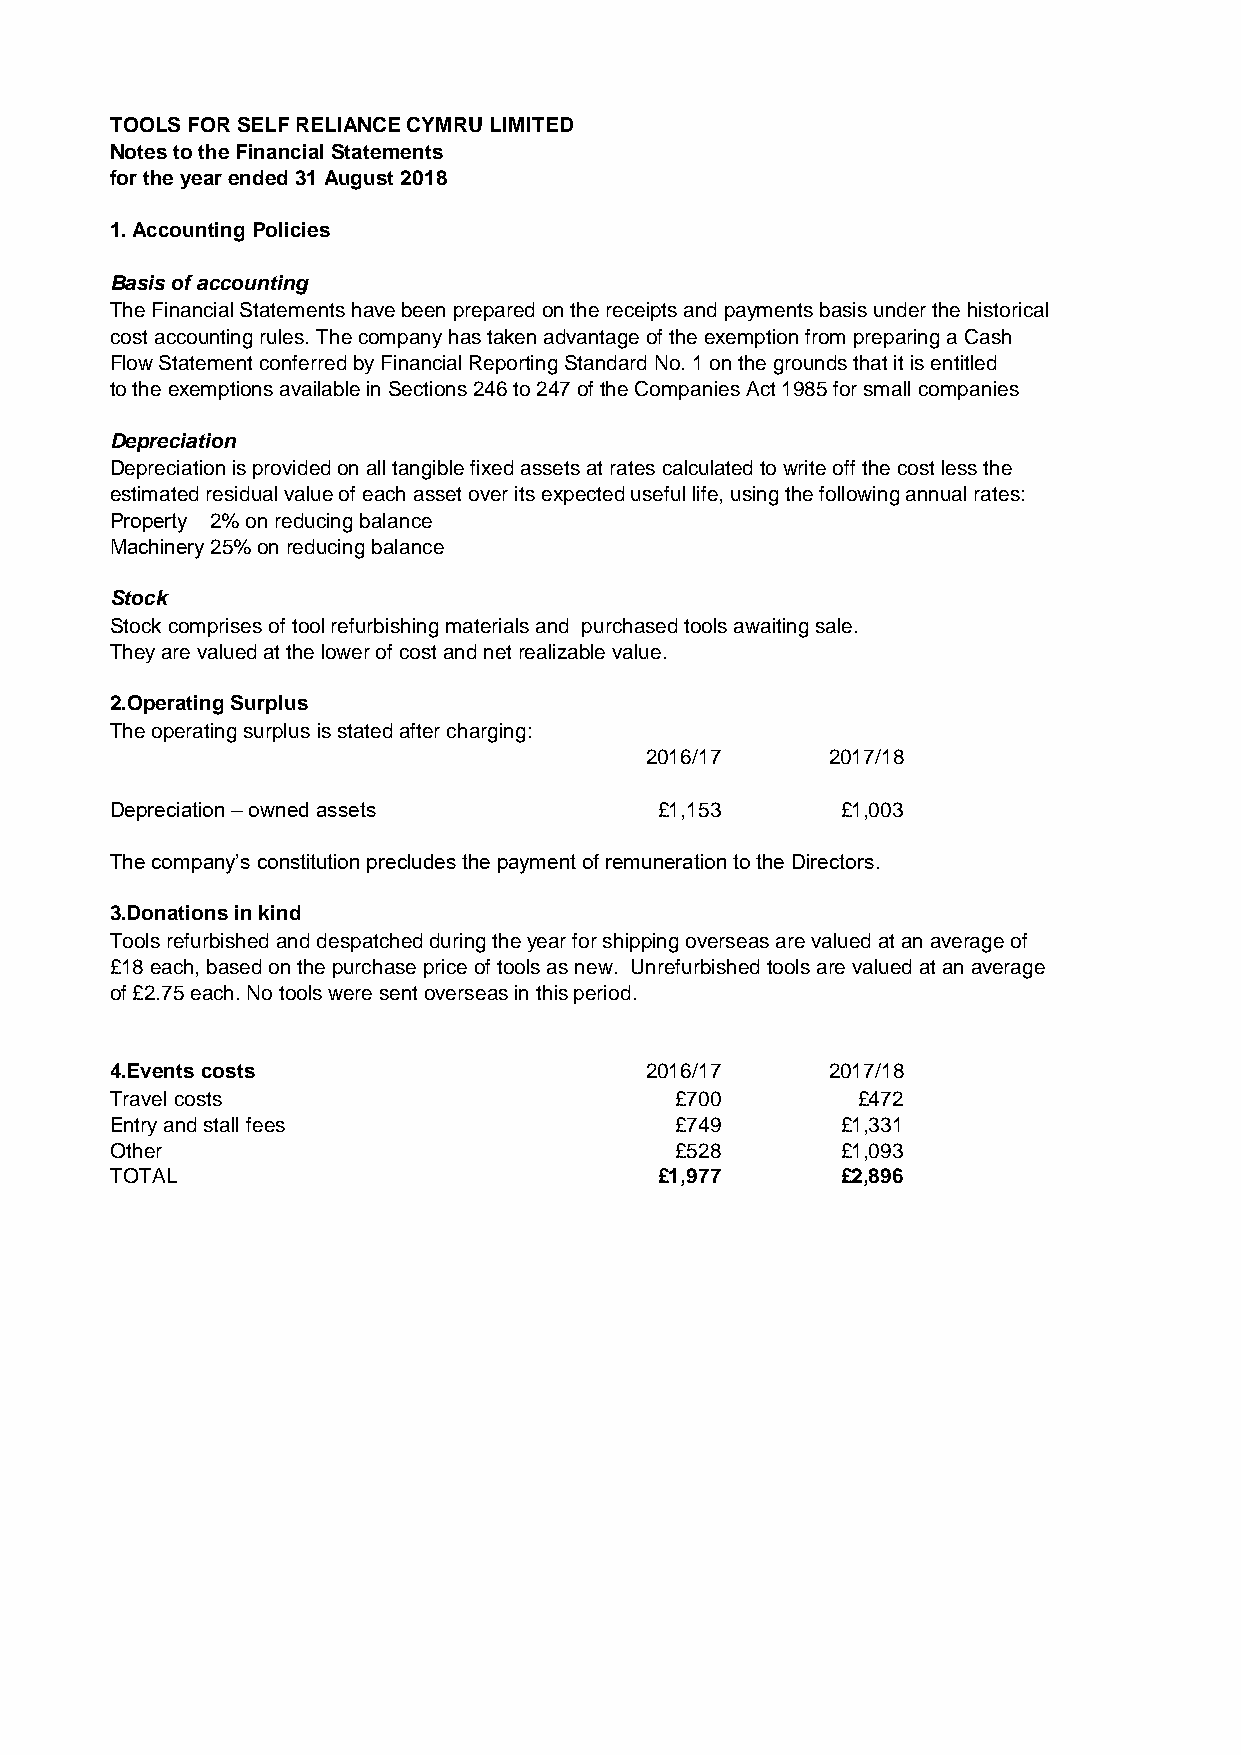
TOOLS FOR SELF RELIANCE CYMRU LIMITED
 Notes to the Financial Statements
 for the year ended 31 August 2018
 1. Accounting Policies
 Basis of accounting
 The Financial Statements have been prepared on the receipts and payments basis under the historical
 cost accounting rules. The company has taken advantage of the exemption from preparing a Cash
 Flow Statement conferred by Financial Reporting Standard No. 1 on the grounds that it is entitled
 to the exemptions available in Sections 246 to 247 of the Companies Act 1985 for small companies
 Depreciation
 Depreciation is provided on all tangible fixed assets at rates calculated to write off the cost less the
 estimated residual value of each asset over its expected useful life, using the following annual rates:
 Property 2 …% o n … re d u …cin g b…al a n c…e
 Machinery 2a5n%d e oqnu irpemduecnitn g … ba l a n…ce
 Stock
 Stock comprises of tool refurbishing materials and purchased tools awaiting sale.
 They are valued at the lower of cost and net realizable value.
 2.Operating Surplus
 The operating surplus is stated after charging:
 2016/17     2017/18
 Depreciation – owned assets          £1,153      £1,003
 The company’s constitution precludes the payment of remuneration to the Directors.
 3.Donations in kind
 Tools refurbished and despatched during the year for shipping overseas are valued at an average of
 £18 each, based on the purchase price of tools as new. Unrefurbished tools are valued at an average
 of £2.75 each. No tools were sent overseas in this period.
 4.Events costs                      2016/17     2017/18
 Travel costs                          £700        £472
 Entry and stall fees                  £749       £1,331
 Other                                 £528       £1,093
 TOTAL                                £1,977      £2,896